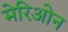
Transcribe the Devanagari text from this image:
मेरिओन